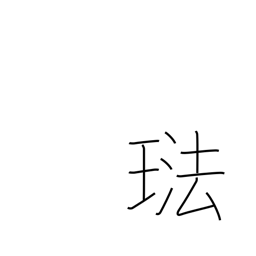
Meaning: enamel